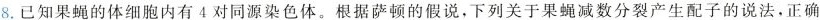
8.已知果蝇的体细胞内有4对同源染色体。根据萨顿的假说，下列关于果蝇减数分裂产生配子的说法，正确